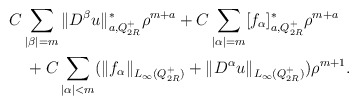
\begin{align*}&C\sum_{|\beta|=m}\|D^\beta u\|^\ast_{a, Q_{2R}^+}\rho^{m+a}+C\sum_{|\alpha|=m}[f_\alpha]^\ast_{a, Q_{2R}^+}\rho^{m+a}\\&\quad+C\sum_{|\alpha|<m}(\|f_\alpha\|_{L_\infty(Q_{2R}^+)}+\|D^\alpha u\|_{L_\infty(Q_{2R}^+)})\rho^{m+1}.\end{align*}